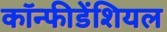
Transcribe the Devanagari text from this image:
कॉन्फीडेंशियल